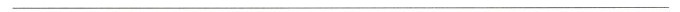
___